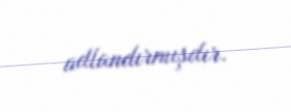
adlandırmışdır.